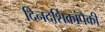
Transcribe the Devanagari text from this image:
दिनदर्शिकांपैकी